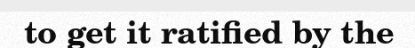
to get it ratified by the